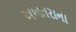
અખતરાના